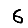
Digit: 6